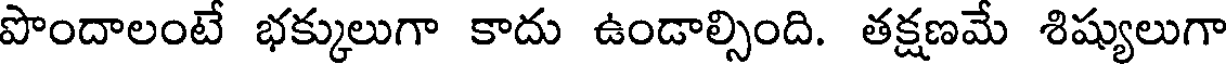
పొందాలంటే భక్కులుగా కాదు ఉండాల్సింది. తక్షణమే శిష్యులుగా